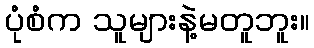
ပုံစံက သူများနဲ့မတူဘူး။